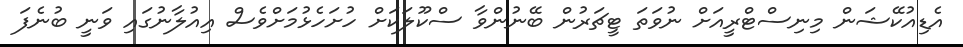
އެޑިއުކޭޝަން މިނިސްޓްރީއަށް ނުވަތަ ޓީޗަރުން ބޭނުންވާ ސްކޫލަކަށް ހުށަހެޅުމަށްވެސް އިއުލާނުގައި ވަނީ ބުނެފަ